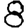
Digit: 8